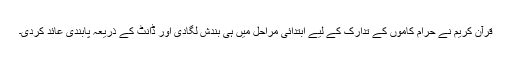
قرآن کریم نے حرام کاموں کے تدارک کے لیے ابتدائی مراحل میں ہی بندش لگادی اور ڈانٹ کے ذریعہ پابندی عائد کردی۔